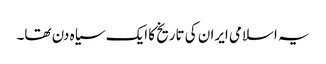
یہ اسلامی ایران کی تاریخ کا ایک سیاہ دن تھا۔